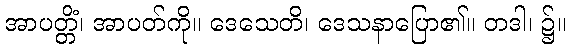
အာပတ္တိံ၊ အာပတ်ကို။ ဒေသေတိ၊ ဒေသနာပြော၏။ တဒါ၊ ၌။